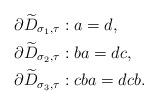
LaTeX: \begin{align*}&\partial\widetilde D_{\sigma_1,\tau}:a=d, \\&\partial\widetilde D_{\sigma_2,\tau}:ba=dc, \\&\partial\widetilde D_{\sigma_3,\tau}:cba=dcb. \end{align*}